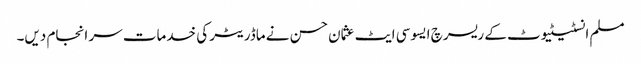
مسلم انسٹیٹیوٹ کے ریسرچ ایسوسی ایٹ عثمان حسن نے ماڈریٹر کی خدمات سر انجام دیں۔